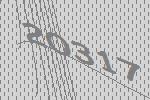
20317